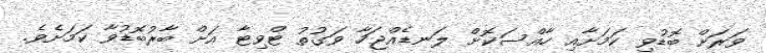
ވަރަށް ބޮޑުވި ކަމަށާއި ހާއްސަކޮށް ލަނޑެއްޖަހާ ވަގުތު ޓްވިޓާ އަށް ބާރުބޮޑުވާ ކަމަށެވެ.